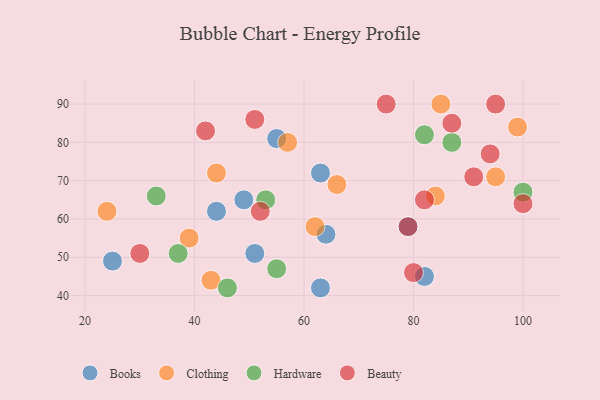
{"axis": {"x": "GDP", "y": "Life Expectancy"}, "legend": ["Beauty", "Books", "Clothing", "Hardware"], "data": [{"x": "44", "y": 62, "type": "Books"}, {"x": "82", "y": 45, "type": "Books"}, {"x": "63", "y": 42, "type": "Books"}, {"x": "51", "y": 51, "type": "Books"}, {"x": "25", "y": 49, "type": "Books"}, {"x": "49", "y": 65, "type": "Books"}, {"x": "79", "y": 58, "type": "Books"}, {"x": "64", "y": 56, "type": "Books"}, {"x": "55", "y": 81, "type": "Books"}, {"x": "63", "y": 72, "type": "Books"}, {"x": "39", "y": 55, "type": "Clothing"}, {"x": "66", "y": 69, "type": "Clothing"}, {"x": "44", "y": 72, "type": "Clothing"}, {"x": "57", "y": 80, "type": "Clothing"}, {"x": "24", "y": 62, "type": "Clothing"}, {"x": "95", "y": 71, "type": "Clothing"}, {"x": "85", "y": 90, "type": "Clothing"}, {"x": "99", "y": 84, "type": "Clothing"}, {"x": "62", "y": 58, "type": "Clothing"}, {"x": "84", "y": 66, "type": "Clothing"}, {"x": "43", "y": 44, "type": "Clothing"}, {"x": "55", "y": 47, "type": "Hardware"}, {"x": "87", "y": 80, "type": "Hardware"}, {"x": "46", "y": 42, "type": "Hardware"}, {"x": "100", "y": 67, "type": "Hardware"}, {"x": "82", "y": 82, "type": "Hardware"}, {"x": "33", "y": 66, "type": "Hardware"}, {"x": "37", "y": 51, "type": "Hardware"}, {"x": "53", "y": 65, "type": "Hardware"}, {"x": "52", "y": 62, "type": "Beauty"}, {"x": "87", "y": 85, "type": "Beauty"}, {"x": "51", "y": 86, "type": "Beauty"}, {"x": "75", "y": 90, "type": "Beauty"}, {"x": "42", "y": 83, "type": "Beauty"}, {"x": "94", "y": 77, "type": "Beauty"}, {"x": "80", "y": 46, "type": "Beauty"}, {"x": "91", "y": 71, "type": "Beauty"}, {"x": "100", "y": 64, "type": "Beauty"}, {"x": "30", "y": 51, "type": "Beauty"}, {"x": "82", "y": 65, "type": "Beauty"}, {"x": "79", "y": 58, "type": "Beauty"}, {"x": "95", "y": 90, "type": "Beauty"}]}